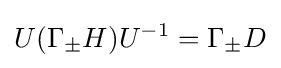
U(\Gamma _{\pm }H)U^{-1}=\Gamma _{\pm }D